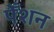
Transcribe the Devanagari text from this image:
पेँशन